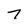
Character: 7